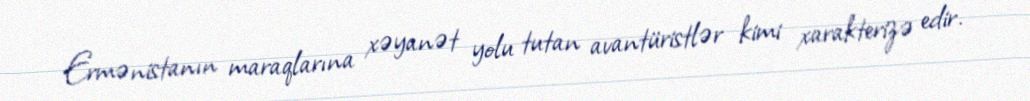
Ermənistanın maraqlarına xəyanət yolu tutan avantüristlər kimi xarakterizə edir.